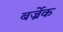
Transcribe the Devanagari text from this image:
बर्ज्रेक